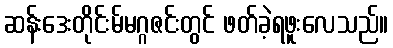
ဆန်းဒေးတိုင်းမ်မဂ္ဂဇင်းတွင် ဖတ်ခဲ့ရဖူးလေသည်။